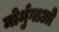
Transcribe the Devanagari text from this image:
मोर्मुगाओ